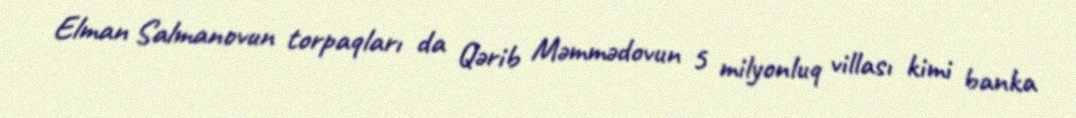
Elman Salmanovun torpaqları da Qərib Məmmədovun 5 milyonluq villası kimi banka